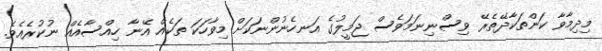
މިދިމާވާ ކަންތަކާދޭތެރޭ ވިސްނިނަމަވެސް ޖަމީލުގެ އަނހެނުންނަކަށް މިވާހަކަ ތަކެއް އޭނާ ހިއްސާއެއް ނުކުރެއެވެ.